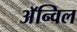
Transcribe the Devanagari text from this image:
अॅन्विल